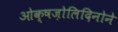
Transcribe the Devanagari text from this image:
ओक्षज़ोलिदिनोने